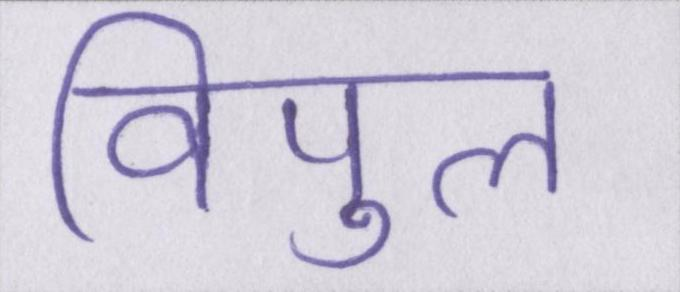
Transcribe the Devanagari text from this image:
विपुल